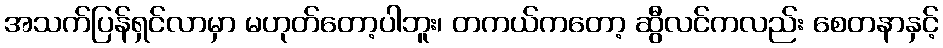
အသက်ပြန်ရှင်လာမှာ မဟုတ်တော့ပါဘူး၊ တကယ်ကတော့ ဆွီလင်ကလည်း စေတနာနှင့်